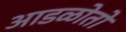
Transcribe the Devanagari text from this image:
आडळोतो